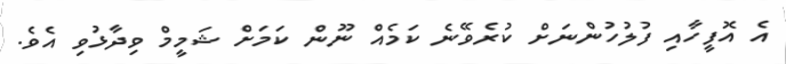
އެ އޮފީހާއި ފުލުހުންނަށް ކުރެވޭނެ ކަމެއް ނޫން ކަމަށް ޝަމީމް ވިދާޅުވި އެވެ.